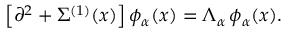
\left[ \partial ^ { 2 } + \Sigma ^ { ( 1 ) } ( x ) \right] \phi _ { \alpha } ( x ) = \Lambda _ { \alpha } \, \phi _ { \alpha } ( x ) .